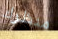
منظرك